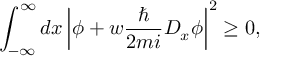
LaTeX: \int _ { - \infty } ^ { \infty } d x \left| \phi + w \frac { \hbar } { 2 m i } D _ { x } \phi \right| ^ { 2 } \ge 0 ,